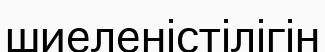
шиеленістілігін